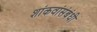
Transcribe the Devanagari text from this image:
शांकवांसंबंधी